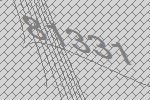
81331